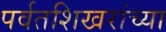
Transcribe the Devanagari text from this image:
पर्वतशिखरांच्या